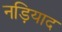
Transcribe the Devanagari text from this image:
नड़ियाद